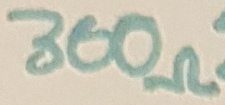
Text: 300Ω